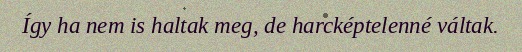
Így ha nem is haltak meg, de harcképtelenné váltak.